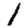
Digit: 1